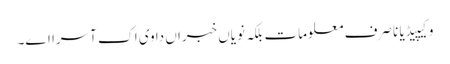
وکیپیڈیا نا صرف معلومات بلکہ نویاں خبراں دا وی اک آسرا اے۔